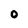
Character: O